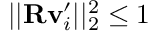
| | \mathbf { R } \mathbf { v } _ { i } ^ { \prime } | | _ { 2 } ^ { 2 } \leq 1